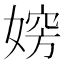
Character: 𡞶